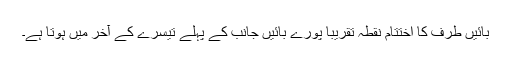
بائیں طرف کا اختتام نقطہ تقریبا پورے بائیں جانب کے پہلے تیسرے کے آخر میں ہوتا ہے۔